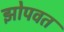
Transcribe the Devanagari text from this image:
झोपवत